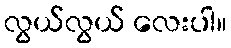
လွယ်လွယ် လေးပါ။